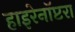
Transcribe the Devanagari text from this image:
हाइरेनॉप्टरा